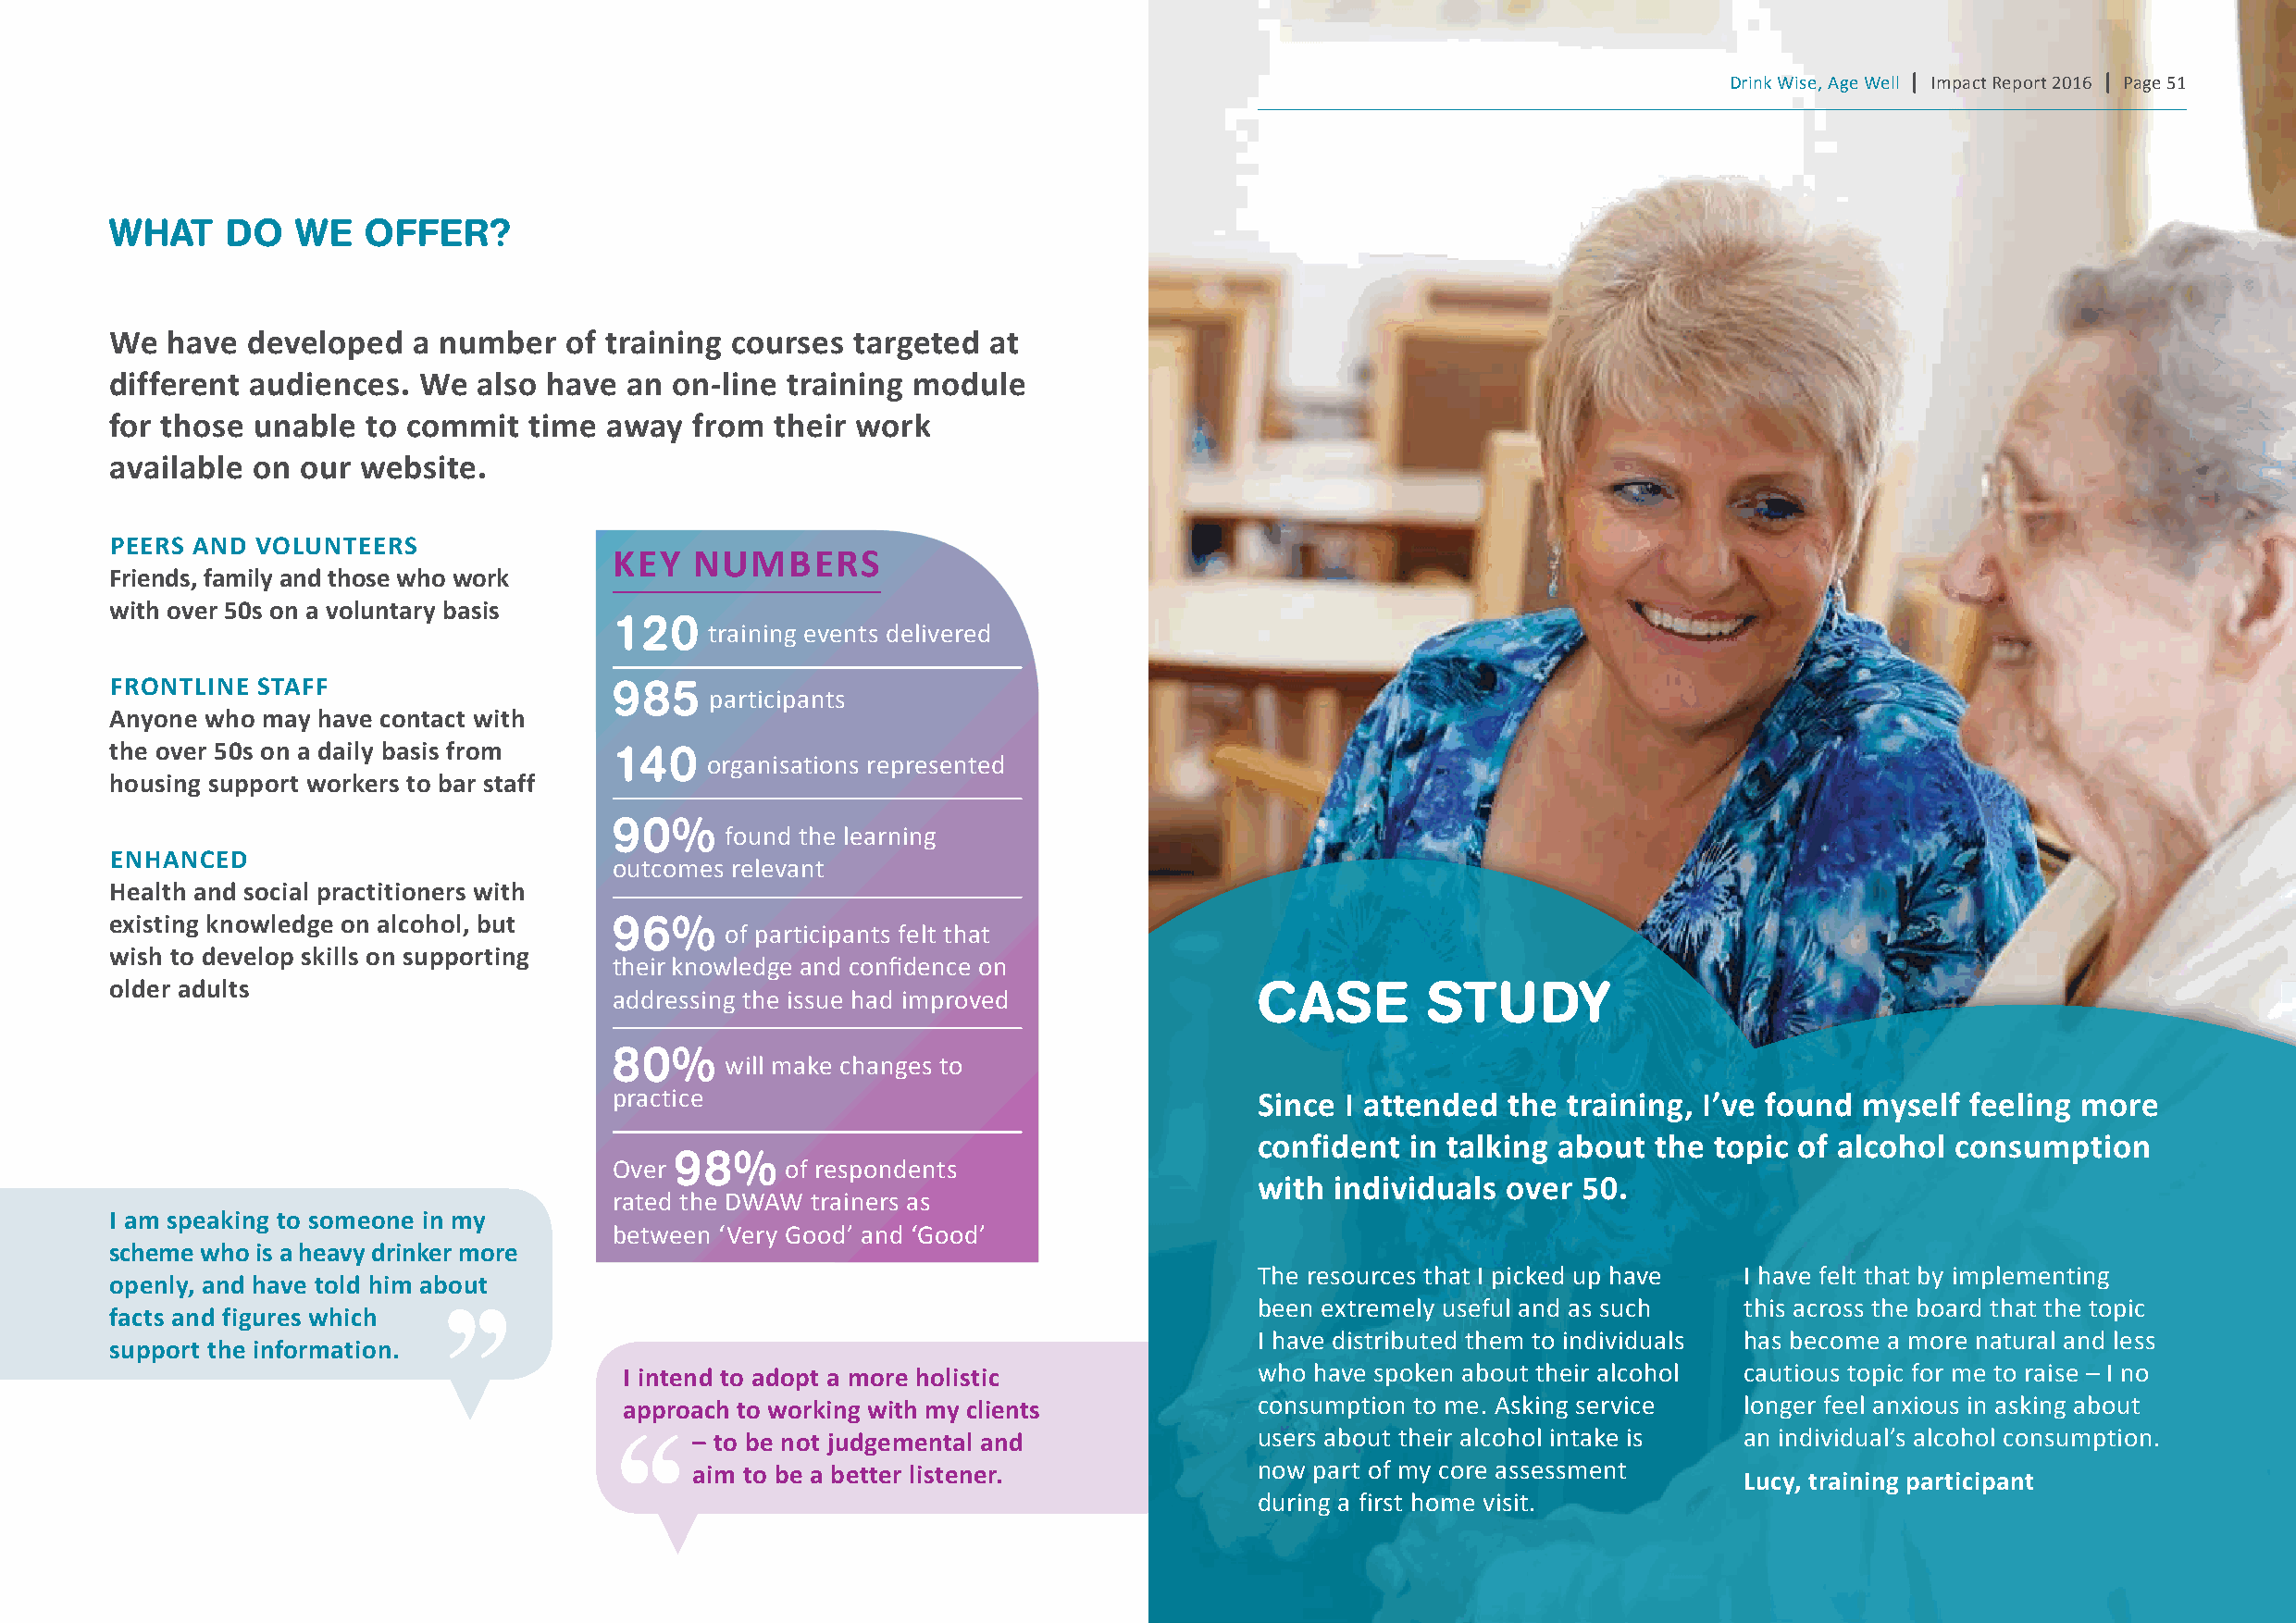
Drink Wise, Age Well | Impact Report 2016 | Page 51
 WHAT    Do   We   oFFeR?
 we  have  developed   a number   of training courses targeted  at
 different audiences.  we  also have  an on-line training module
 for those unable  to commit   time away   from their work
 available on our  website.
 peers and vOlUnteers
 Key   nUMBers
 Friends, family and those who work
 with over 50s on a voluntary basis
 120
 training events delivered
 Frontline staFF                     985
 participants
 anyone who may have contact with
 the over 50s on a daily basis from
 140
 organisations represented
 housing support workers to bar staff
 90%
 found the learning
 enhanced
 outcomes relevant
 health and social practitioners with
 existing knowledge on alcohol, but  96%
 of participants felt that
 wish to develop skills on supporting
 their knowledge and confidence on
 older adults                                                                      CAse        sTu     Dy
 addressing the issue had improved
 80%
 will make changes to
 practice                                      since I attended  the training, I’ve found myself  feeling more
 confident  in talking about the  topic of alcohol consumption
 98%
 Over        of respondents
 with individuals  over 50.
 rated the DWAW trainers as
 I am speaking to someone in my
 between ‘Very Good’ and ‘Good’
 scheme who is a heavy drinker more
 The resources that I picked up have I have felt that by implementing
 openly, and have told him about
 been extremely useful and as such  this across the board that the topic
 facts and figures which
 I have distributed them to individuals has become a more natural and less
 support the information.
 I intend to adopt a more holistic            who have spoken about their alcohol cautious topic for me to raise – I no
 approach to working with my clients          consumption to me. Asking service  longer feel anxious in asking about
 – to be not judgemental and             users about their alcohol intake is an individual’s alcohol consumption.
 aim to be a better listener.            now part of my core assessment
 lucy, training participant
 during a first home visit.